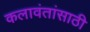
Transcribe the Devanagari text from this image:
कलावंतांसाठी